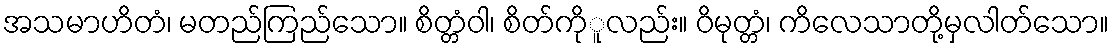
အသမာဟိတံ၊ မတည်ကြည်သော။ စိတ္တံဝါ၊ စိတ်ကိုူလည်း။ ဝိမုတ္တံ၊ ကိလေသာတို့မှလါတ်သော။